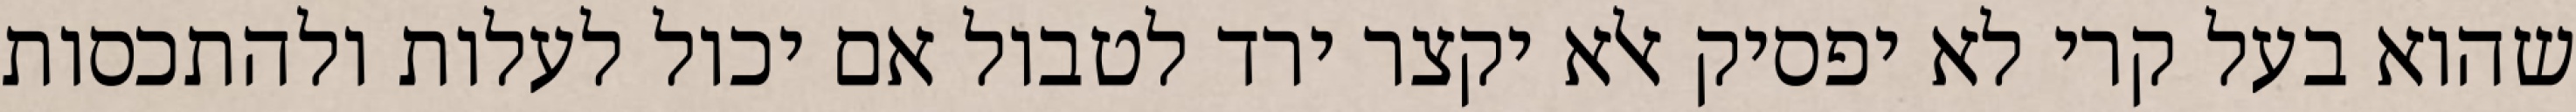
שהוא בעל קרי לא יפסיק אלא יקצר ירד לטבול אם יכול לעלות ולהתכסות